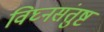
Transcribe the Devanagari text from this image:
विघ्नसंतुष्ट